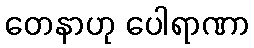
တေနာဟု ပေါရာဏာ